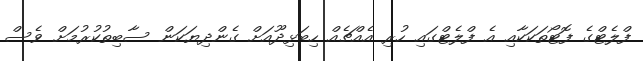
ފްލެޓްގެ ފޮޓޯތަކަކާއި އެ ފްލެޓްގައި ހުރި އެއްޗެއް ހިބަޅިދޫއަށް ގެންދިޔަކަން ސާބިތުކުރުމަށް ވެސް